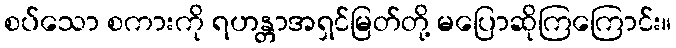
စပ်သော စကားကို ရဟန္တာအရှင်မြတ်တို့ မပြောဆိုကြကြောင်း။